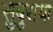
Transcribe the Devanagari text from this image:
सुबुराया